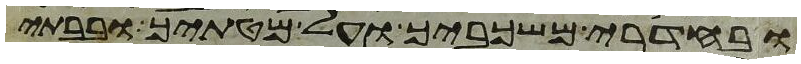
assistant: ובחדרי משכביך ועל מטתיך ובבתי